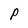
Character: P